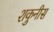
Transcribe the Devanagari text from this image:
शकुनीस